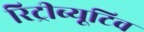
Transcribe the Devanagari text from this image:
रिट्रीब्यूटिव